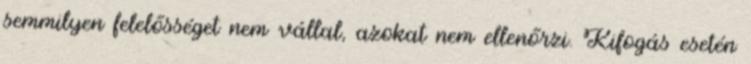
semmilyen felelősséget nem vállal, azokat nem ellenőrzi. Kifogás esetén